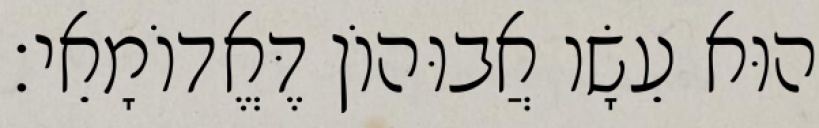
הוּא עֵשָׂו אֲבוּהוֹן דֶּאֱדוֹמָאֵי׃